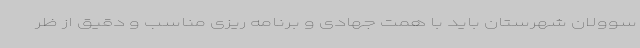
سوولان شهرستان باید با همت جهادی و برنامه ریزی مناسب و دقیق از ظر